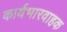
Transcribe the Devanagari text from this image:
कार्यभारवाहक